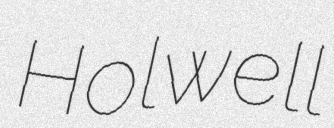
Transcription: Holwell